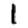
Digit: 1